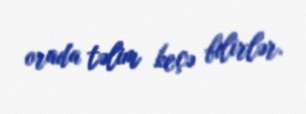
orada təlim keçə bilirlər.